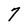
Character: 7